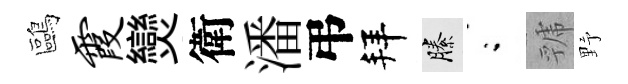
鷗霞𤓖衛潘弔拜縢閤虢野